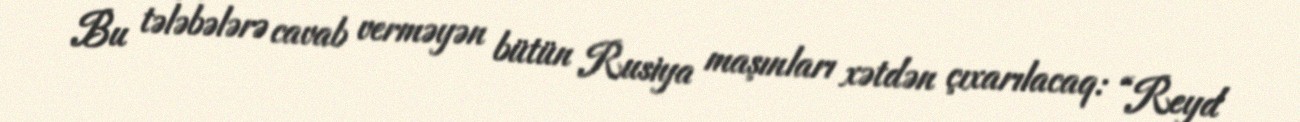
Bu tələbələrə cavab verməyən bütün Rusiya maşınları xətdən çıxarılacaq: “Reyd